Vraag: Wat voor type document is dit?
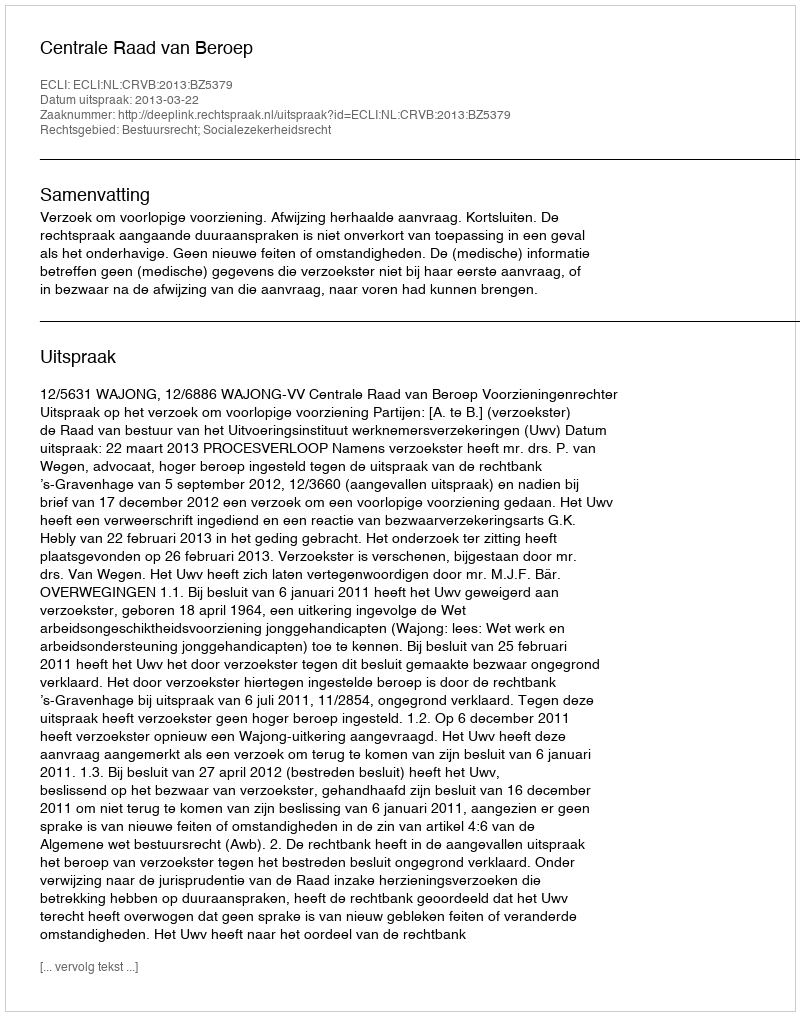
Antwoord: Uitspraak